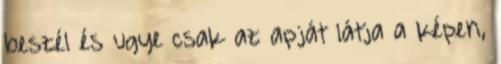
beszél és ugye csak az apját látja a képen,